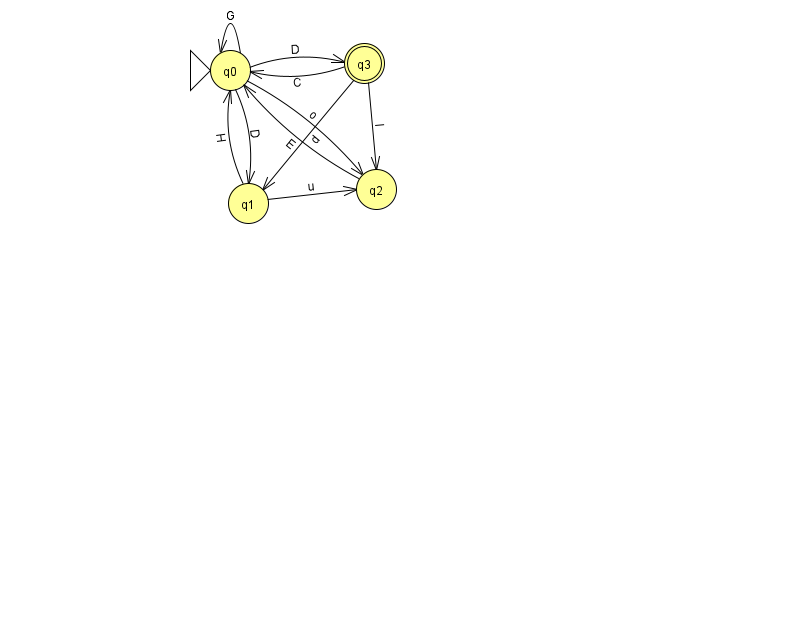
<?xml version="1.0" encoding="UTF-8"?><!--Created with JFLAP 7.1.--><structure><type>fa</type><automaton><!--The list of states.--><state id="0" name="q0"><x>230.0</x><y>57.0</y><initial/></state><state id="1" name="q1"><x>248.0</x><y>190.0</y></state><state id="2" name="q2"><x>376.0</x><y>176.0</y></state><state id="3" name="q3"><x>364.0</x><y>50.0</y><final/></state><!--The list of transitions.--><transition><from>0</from><to>3</to><read>D</read></transition><transition><from>3</from><to>1</to><read>d</read></transition><transition><from>3</from><to>2</to><read>l</read></transition><transition><from>0</from><to>2</to><read>o</read></transition><transition><from>0</from><to>0</to><read>G</read></transition><transition><from>0</from><to>1</to><read>D</read></transition><transition><from>3</from><to>0</to><read>C</read></transition><transition><from>1</from><to>0</to><read>H</read></transition><transition><from>1</from><to>2</to><read>u</read></transition><transition><from>2</from><to>0</to><read>E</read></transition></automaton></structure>